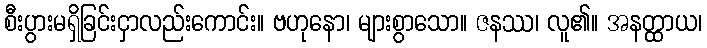
စီးပွားမရှိခြင်းငှာလည်းကောင်း။ ဗဟုနော၊ များစွာသော။ ဇနဿ၊ လူ၏။ အနတ္ထာယ၊